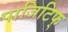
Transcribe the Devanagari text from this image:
पाजिटिफ्